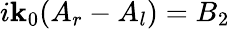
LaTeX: i\mathbf{k}_{0}(A_{r}-A_{l})=B_{2}\,